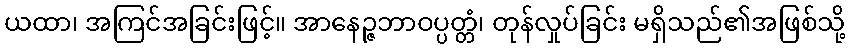
ယထာ၊ အကြင်အခြင်းဖြင့်။ အာနေဉ္ဇဘာဝပ္ပတ္တံ၊ တုန်လှုပ်ခြင်း မရှိသည်၏အဖြစ်သို့